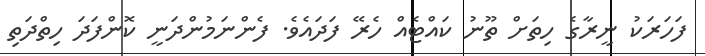
ފަހަރަކު ނީރާގެ ހިތަށް ތޫނު ކައްޓެއް ހެރޭ ފަދައެވެ. ފެންނަމުންދަނީ ކޮންފަދަ ހިތްދަތި